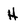
Character: H